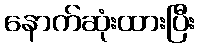
နောက်ဆုံးထားပြီး